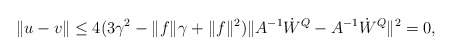
\begin{align*}\|u-v\|\le 4(3\gamma^2-\|f\|_{} \gamma+\|f\|_{}^2)\|A^{-1}\dot{W}^Q-A^{-1}\dot{W}^Q\|^2=0,\end{align*}